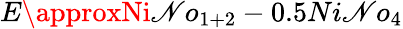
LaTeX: E\approxNi\mathscr{N}o_{1+2}-0.5Ni\mathscr{N}o_{4}